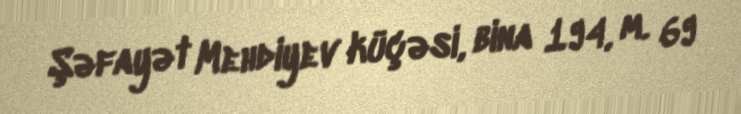
Şəfayət Mehdiyev küçəsi, bina 194, m. 69